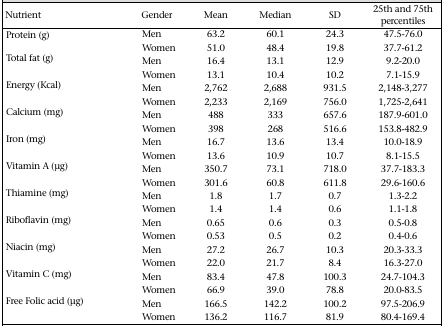
<table><thead><tr><td><b>Nutrient</b></td><td><b>Gender</b></td><td><b>Mean</b></td><td><b>Median</b></td><td><b>SD</b></td><td><b>25th and 75th percentiles</b></td></tr></thead><tbody><tr><td>Protein (g)</td><td>Men</td><td>63.2</td><td>60.1</td><td>24.3</td><td>47.5-76.0</td></tr><tr><td></td><td>Women</td><td>51.0</td><td>48.4</td><td>19.8</td><td>37.7-61.2</td></tr><tr><td>Total fat (g)</td><td>Men</td><td>16.4</td><td>13.1</td><td>12.9</td><td>9.2-20.0</td></tr><tr><td></td><td>Women</td><td>13.1</td><td>10.4</td><td>10.2</td><td>7.1-15.9</td></tr><tr><td>Energy (Kcal)</td><td>Men</td><td>2,762</td><td>2,688</td><td>931.5</td><td>2,148-3,277</td></tr><tr><td></td><td>Women</td><td>2,233</td><td>2,169</td><td>756.0</td><td>1,725-2,641</td></tr><tr><td>Calcium (mg)</td><td>Men</td><td>488</td><td>333</td><td>657.6</td><td>187.9-601.0</td></tr><tr><td></td><td>Women</td><td>398</td><td>268</td><td>516.6</td><td>153.8-482.9</td></tr><tr><td>Iron (mg)</td><td>Men</td><td>16.7</td><td>13.6</td><td>13.4</td><td>10.0-18.9</td></tr><tr><td></td><td>Women</td><td>13.6</td><td>10.9</td><td>10.7</td><td>8.1-15.5</td></tr><tr><td>Vitamin A (μg)</td><td>Men</td><td>350.7</td><td>73.1</td><td>718.0</td><td>37.7-183.3</td></tr><tr><td></td><td>Women</td><td>301.6</td><td>60.8</td><td>611.8</td><td>29.6-160.6</td></tr><tr><td>Thiamine (mg)</td><td>Men</td><td>1.8</td><td>1.7</td><td>0.7</td><td>1.3-2.2</td></tr><tr><td></td><td>Women</td><td>1.4</td><td>1.4</td><td>0.6</td><td>1.1-1.8</td></tr><tr><td>Riboflavin (mg)</td><td>Men</td><td>0.65</td><td>0.6</td><td>0.3</td><td>0.5-0.8</td></tr><tr><td></td><td>Women</td><td>0.53</td><td>0.5</td><td>0.2</td><td>0.4-0.6</td></tr><tr><td>Niacin (mg)</td><td>Men</td><td>27.2</td><td>26.7</td><td>10.3</td><td>20.3-33.3</td></tr><tr><td></td><td>Women</td><td>22.0</td><td>21.7</td><td>8.4</td><td>16.3-27.0</td></tr><tr><td>Vitamin C (mg)</td><td>Men</td><td>83.4</td><td>47.8</td><td>100.3</td><td>24.7-104.3</td></tr><tr><td></td><td>Women</td><td>66.9</td><td>39.0</td><td>78.8</td><td>20.0-83.5</td></tr><tr><td>Free Folic acid (μg)</td><td>Men</td><td>166.5</td><td>142.2</td><td>100.2</td><td>97.5-206.9</td></tr><tr><td></td><td>Women</td><td>136.2</td><td>116.7</td><td>81.9</td><td>80.4-169.4</td></tr></tbody></table>